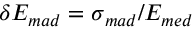
\delta { } E _ { m a d } = \sigma { } _ { m a d } / E _ { m e d }